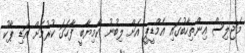
މަޖިލިސް އިންތިހާބުގައި އެމްޑީޕީ އަށް ލިބުނު ކާމިޔާބީ ފާހަގަ ކުރުމަށް އަޑި ޕާކު